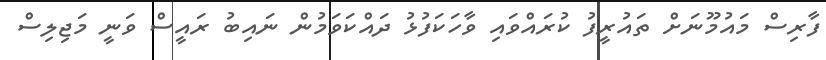
ފާރިސް މައުމޫނަށް ތައުރީފު ކުރައްވައި ވާހަކަފުޅު ދައްކަވަމުން ނައިބު ރައީސް ވަނީ މަޖިލިސް